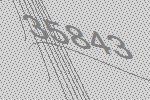
35843